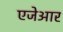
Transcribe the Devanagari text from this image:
एजेआर